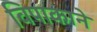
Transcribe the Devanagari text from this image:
विपाकाने